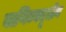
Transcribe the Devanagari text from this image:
वाणिज्यदूतीय